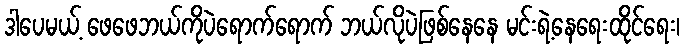
ဒါပေမယ့် ဖေဖေဘယ်ကိုပဲရောက်ရောက် ဘယ်လိုပဲဖြစ်နေနေ မင်းရဲ့နေရေးထိုင်ရေး၊